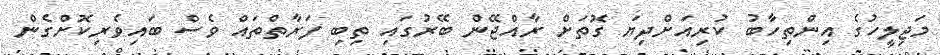
މަޖިލީހުގެ އިންތިހާބު ކުރިއަށްދިޔަ ގޮތަށް ރާއްޖޭން ބޭރުގައި ތިބި ފަރާތްތައް ވެސް ބައިވެރިކޮށްގެން